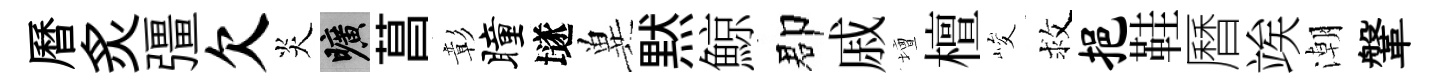
曆炙彊欠炎曠菖彰瞳𡑞兾黙鯨郡戚壇檀峻救挹鞋曆竢潮鞶